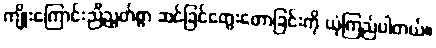
ကျိုးကြောင်းညီညွတ်စွာ ဆင်ခြင်တွေးတောခြင်းကို ယုံကြည်ပါတယ်။